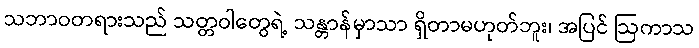
သဘာဝတရားသည် သတ္တဝါတွေရဲ့ သန္တာန်မှာသာ ရှိတာမဟုတ်ဘူး၊ အပြင် ဩကာသ